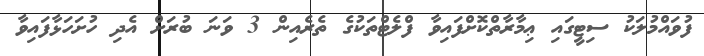
ފުވައްމުލަކު ސިޓީގައި ޢިމާރާތްކޮށްފައިވާ ފްލެޓްތަކުގެ ތެރެއިން 3 ވަނަ ބުރަށް އެދި ހުށަހަޅާފައިވާ